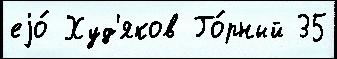
еjо́ Худ'яков Го́рный 35